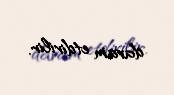
davam etdirilir.